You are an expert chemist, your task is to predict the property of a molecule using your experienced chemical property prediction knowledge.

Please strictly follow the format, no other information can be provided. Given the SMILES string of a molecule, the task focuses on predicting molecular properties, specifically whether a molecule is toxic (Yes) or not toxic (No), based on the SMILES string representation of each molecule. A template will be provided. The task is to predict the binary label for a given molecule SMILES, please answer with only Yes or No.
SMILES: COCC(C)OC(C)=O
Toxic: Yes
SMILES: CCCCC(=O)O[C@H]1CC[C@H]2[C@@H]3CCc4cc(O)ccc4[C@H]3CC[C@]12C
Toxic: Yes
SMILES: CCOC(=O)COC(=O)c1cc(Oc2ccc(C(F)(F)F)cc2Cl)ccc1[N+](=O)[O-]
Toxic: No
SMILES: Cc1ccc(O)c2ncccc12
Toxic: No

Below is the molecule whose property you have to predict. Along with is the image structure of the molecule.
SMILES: Fc1ccc([C@@H]2CCNC[C@H]2COc2ccc3c(c2)OCO3)cc1
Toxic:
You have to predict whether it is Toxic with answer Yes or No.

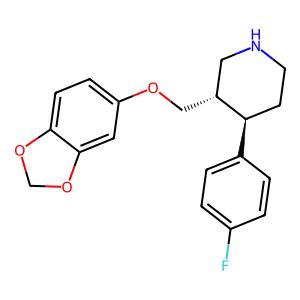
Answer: No